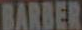
BARBER